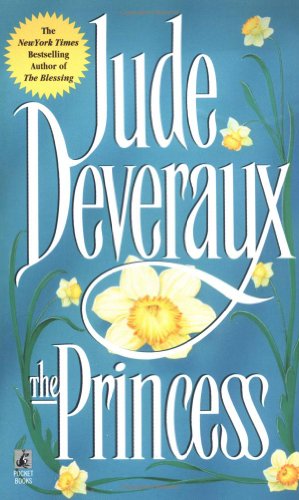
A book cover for The Princess (Montgomery/Taggert); Jude Deveraux; Romance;